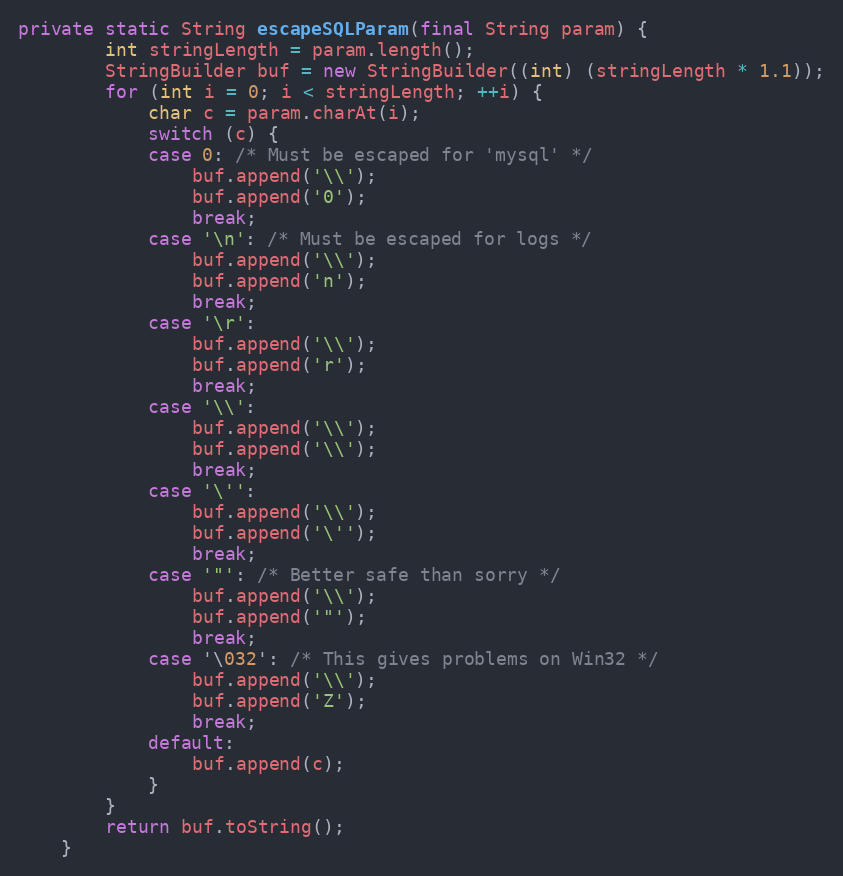
Language: Java
private static String escapeSQLParam(final String param) {
		int stringLength = param.length();
		StringBuilder buf = new StringBuilder((int) (stringLength * 1.1));
		for (int i = 0; i < stringLength; ++i) {
			char c = param.charAt(i);
			switch (c) {
			case 0: /* Must be escaped for 'mysql' */
				buf.append('\\');
				buf.append('0');
				break;
			case '\n': /* Must be escaped for logs */
				buf.append('\\');
				buf.append('n');
				break;
			case '\r':
				buf.append('\\');
				buf.append('r');
				break;
			case '\\':
				buf.append('\\');
				buf.append('\\');
				break;
			case '\'':
				buf.append('\\');
				buf.append('\'');
				break;
			case '"': /* Better safe than sorry */
				buf.append('\\');
				buf.append('"');
				break;
			case '\032': /* This gives problems on Win32 */
				buf.append('\\');
				buf.append('Z');
				break;
			default:
				buf.append(c);
			}
		}
		return buf.toString();
	}